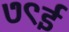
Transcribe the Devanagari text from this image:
७९ई